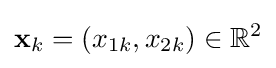
\mathbf {x} _{k}=(x_{1k},x_{2k})\in \mathbb {R} ^{2}